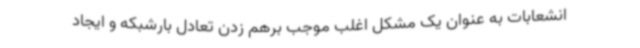
انشعابات به عنوان یک مشکل اغلب موجب برهم زدن تعادل بارشبکه و ایجاد